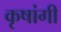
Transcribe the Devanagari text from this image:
कृषांगी